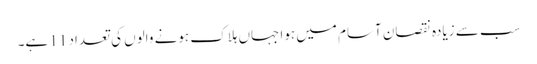
سب سے زیادہ نقصان آسام میں ہوا جہاں ہلاک ہونے والوں کی تعداد 11 ہے۔